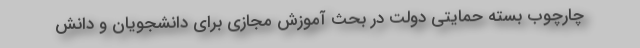
چارچوب بسته حمایتی دولت در بحث آموزش مجازی برای دانشجویان و دانش